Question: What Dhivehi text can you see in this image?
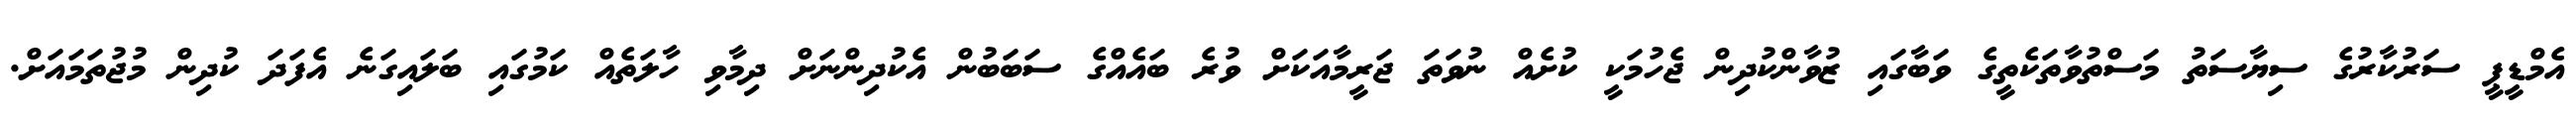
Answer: އެމްޑީޕީ ސަރުކާރުގެ ސިޔާސަތު މަސްތުވާތަކެތީގެ ވަބާގައި ޒުވާންކުދިން ޖެހުމަކީ ކުށެއް ނުވަތަ ޖަރީމާއަކަށް ވުރެ ބައެއްގެ ސަބަބުން އެކުދިންނަށް ދިމާވި ހާލަތެއް ކަމުގައި ބަލައިގަނެ އެފަދަ ކުދިން މުޖުތަމައަށް.